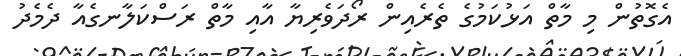
އެގޮތުން މި މާތް އަޅުކަމުގެ ތެރެއިން ރޯދަވެރިޔާ އާއި މާތް ރަސްކަލާނގެއާ ދެމެދު